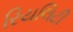
રિયલિટી